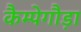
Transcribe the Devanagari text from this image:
कैम्पेगौड़ा